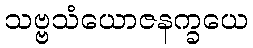
သဗ္ဗသံယောဇနက္ခယေ